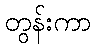
တွန်းကာ